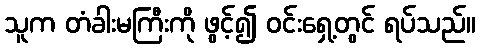
သူက တံခါးမကြီးကို ဖွင့်၍ ဝင်းရှေ့တွင် ရပ်သည်။